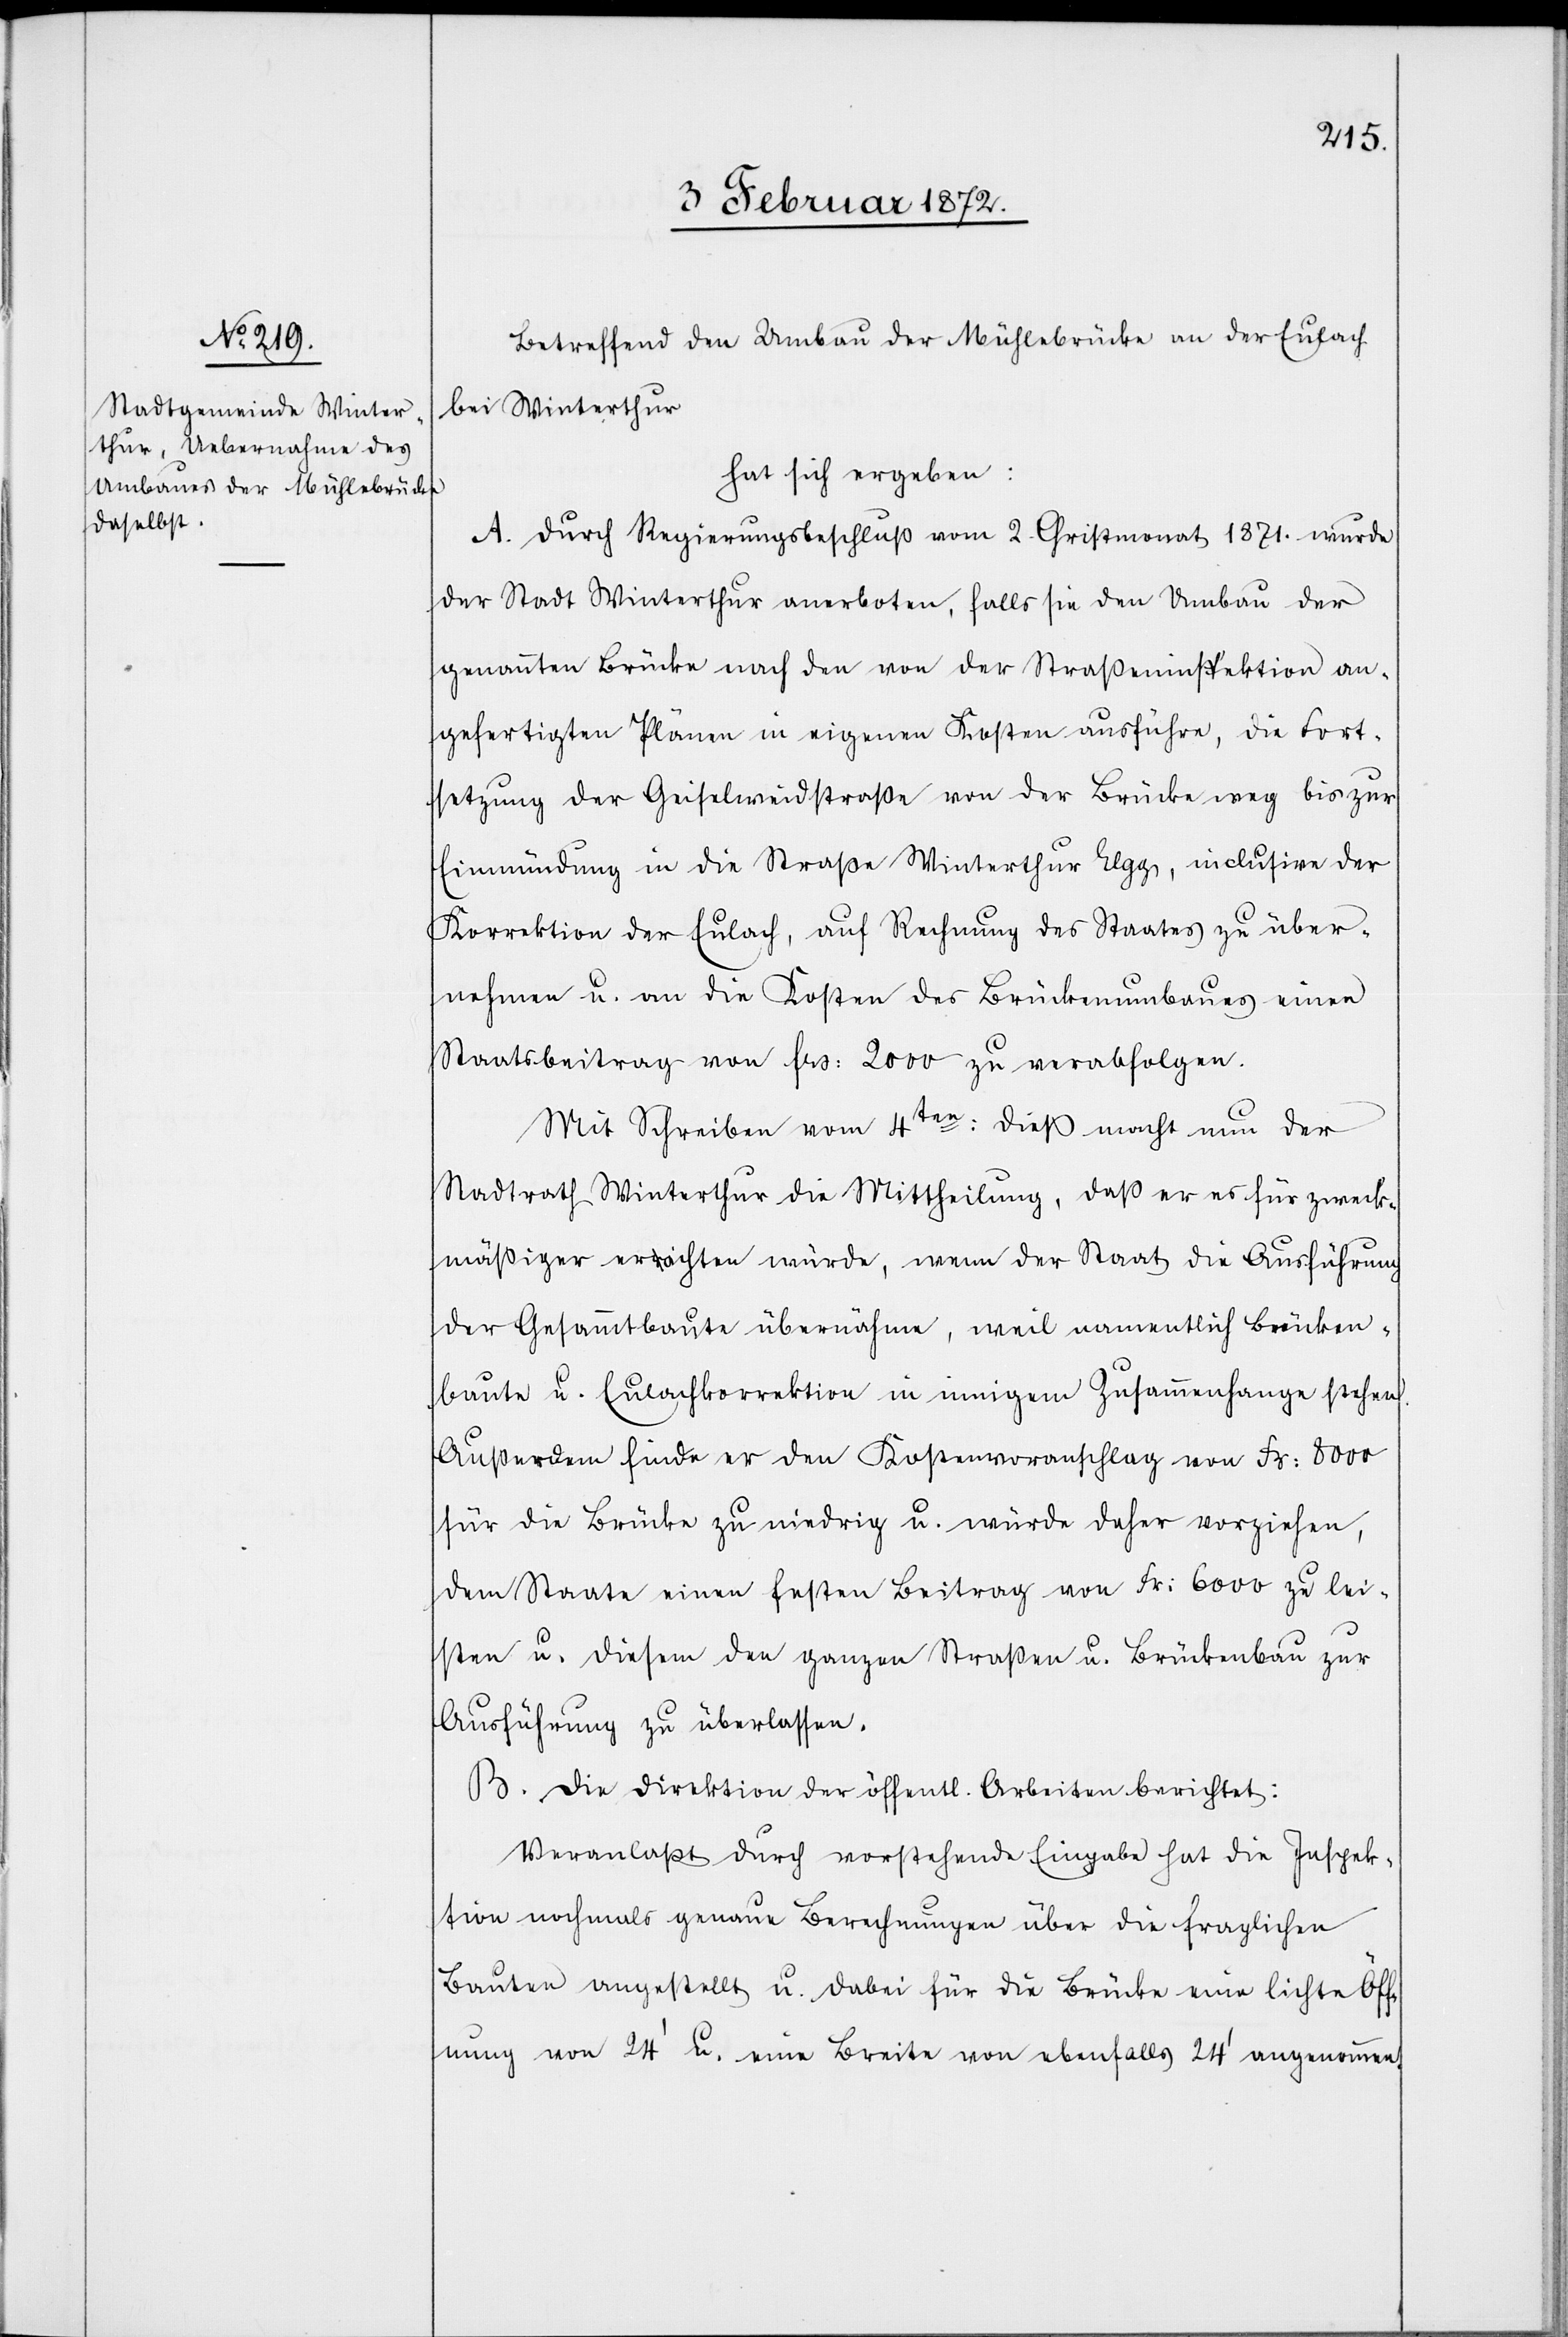
Betreffend den Umbau der Mühlebrücke an der Eulach
bei Winterthur
hat sich ergeben:
A. Durch Regierungsbeschluß vom 2. Christmonat 1871. wurde
der Stadt Winterthur anerboten, falls sie den Umbau der
genannten Brücke nach den von der Straßeninspektion an¬
gefertigten Plänen in eigenen Kosten ausführe, die Fort¬
setzung der Geiselweidstraße von der Brücke weg bis zur
Einmündung in die Straße Winterthur Elgg, inclusive der
Korrektion der Eulach, auf Rechnung des Staates zu über¬
nehmen u. an die Kosten des Brückenumbaues einen
Staatsbeitrag von frs. 2000 zu verabfolgen.
Mit Schreiben vom 4ten dieß macht nun der
Stadtrath Winterthur die Mittheilung, daß er es für zweck¬
mäßiger erachten würde, wenn der Staat die Ausführung
der Gesammtbaute übernähme, weil namentlich Brücken¬
baute u. Eulachkorrektion in innigem Zusammenhange stehen.
Außerdem finde er den Kostenvoranschlag von Fr. 8000
für die Brücke zu niedrig u. würde daher vorziehen,
dem Staate einen festen Beitrag von Fr. 6000 zu lei¬
sten u. diesem den ganzen Straßen u. Brückenbau zur
Ausführung zu überlassen.
B. Die Direktion der öffentlichen Arbeiten berichtet:
Veranlaßt durch vorstehende Eingabe hat die Inspek¬
tion nochmals genaue Berechnung über die fraglichen
Bauten angestellt u. dabei für die Brücke eine lichte Öff¬
nung von 24’ u. eine Breite von ebenfalls 24’ angenommen.